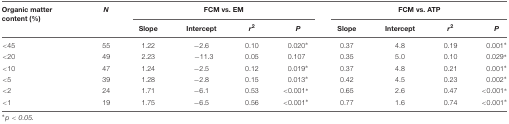
| Organic matter content (%) | N | <COLSPAN=4> FCM vs. EM | <COLSPAN=4> FCM vs. ATP |
 |  |  | Slope | Intercept | r2 | P | Slope | Intercept | r2 | P |
 | --- | --- | --- | --- | --- | --- | --- | --- | --- | --- |
 | <45 | 55 | 1.22 | -2.6 | 0.10 | 0.020∗ | 0.37 | 4.8 | 0.19 | 0.001∗ |
 | <20 | 49 | 2.23 | -11.3 | 0.05 | 0.107 | 0.35 | 5.0 | 0.10 | 0.029∗ |
 | <10 | 47 | 1.24 | -2.5 | 0.12 | 0.019∗ | 0.37 | 4.8 | 0.21 | 0.001∗ |
 | <5 | 39 | 1.28 | -2.8 | 0.15 | 0.013∗ | 0.42 | 4.5 | 0.23 | 0.002∗ |
 | <2 | 24 | 1.71 | -6.1 | 0.53 | <0.001∗ | 0.65 | 2.6 | 0.47 | <0.001∗ |
 | <1 | 19 | 1.75 | -6.5 | 0.56 | <0.001∗ | 0.77 | 1.6 | 0.74 | <0.001∗ |